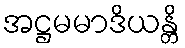
အဋ္ဌမမာဒိယန္တိ